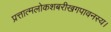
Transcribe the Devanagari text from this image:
प्रत्तात्मलोकशबरीखगपावनस्य।